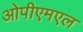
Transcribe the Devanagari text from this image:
ओपीएमएल